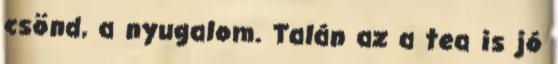
csönd, a nyugalom. Talán az a tea is jó